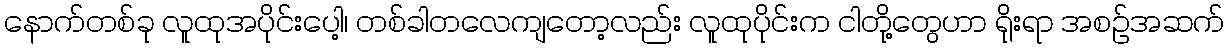
နောက်တစ်ခု လူထုအပိုင်းပေါ့၊ တစ်ခါတလေကျတော့လည်း လူထုပိုင်းက ငါတို့တွေဟာ ရိုးရာ အစဉ်အဆက်